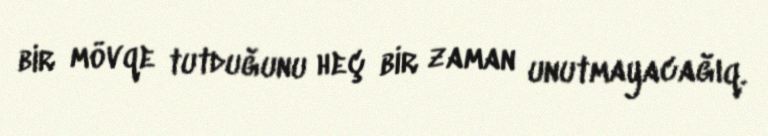
bir mövqe tutduğunu heç bir zaman unutmayacağıq.